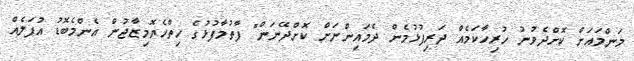
މަންމައަށް ކޮށްދެވުނު ހުރިހާކަމެއް ދަރިފުޅުމެން ދެމައިންނަށް ކޮށްދޭނަން" ފާތުމާފުޅުގެ ހިތްހެޔޮމިޒާޖުން އެންމެބޮޑު އުފަލެއް